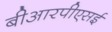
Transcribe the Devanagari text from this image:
बीआरपीएसई